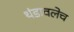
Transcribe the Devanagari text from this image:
थंडावलेच